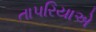
તાપરિયાએ